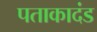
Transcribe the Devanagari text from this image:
पताकादंड